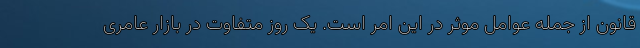
قانون از جمله عوامل موثر در این امر است. یک روز متفاوت در بازار عامری